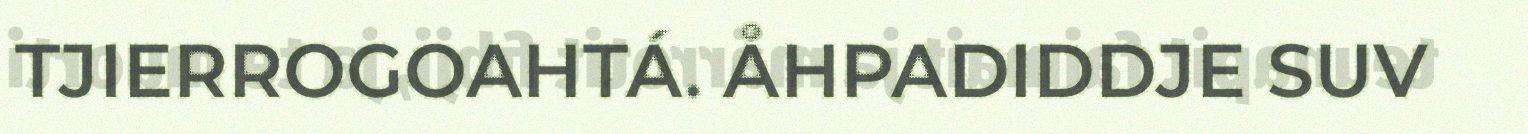
TJIERROGOAHTÁ. ÅHPADIDDJE SUV